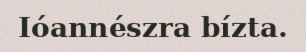
Ióannészra bízta.